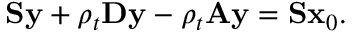
\mathbf { S } \mathbf { y } + \rho _ { t } \mathbf { D } \mathbf { y } - \rho _ { t } \mathbf { A } \mathbf { y } = \mathbf { S } \mathbf { x } _ { 0 } .